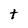
Character: t